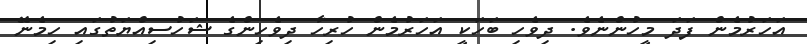
އަހަރުމެން ފަދަ މީހުންނެވެ. ދިވެހި ބަހަކީ އަހަރުމެން ހުރިހާ ދިވެހިންގެ ޝަހުސިއްޔަތުގައި ހިމެނޭ